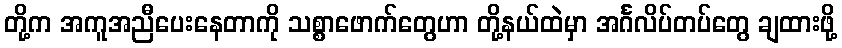
တို့က အကူအညီပေးနေတာကို သစ္စာဖောက်တွေဟာ တို့နယ်ထဲမှာ အင်္ဂလိပ်တပ်တွေ ချထားဖို့